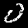
Digit: 0